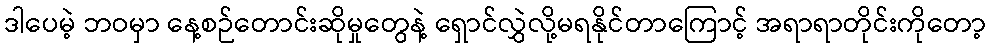
ဒါပေမဲ့ ဘဝမှာ နေ့စဉ်တောင်းဆိုမှုတွေနဲ့ ရှောင်လွှဲလို့မရနိုင်တာကြောင့် အရာရာတိုင်းကိုတော့